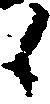
候